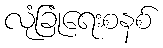
လုံခြုံရေးစနစ်